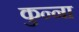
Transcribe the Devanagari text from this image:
कुन्ना